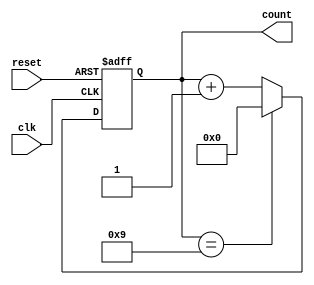
module bcd_counter (
    input wire clk,          // Clock input
    input wire reset,        // Asynchronous reset input
    output reg [3:0] count   // 4-bit output for BCD count
);

// Always block triggered on the rising edge of the clock or on reset
always @(posedge clk or posedge reset) begin
    if (reset) begin
        // Reset the count to 0
        count <= 4'b0000;
    end else begin
        // Increment the count
        if (count == 4'b1001) begin
            // If count is 9 (1001 in binary), reset to 0
            count <= 4'b0000;
        end else begin
            // Otherwise, increment the count
            count <= count + 1;
        end
    end
end

endmodule